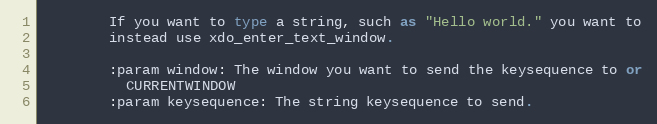
Language: Python
        If you want to type a string, such as "Hello world." you want to
        instead use xdo_enter_text_window.

        :param window: The window you want to send the keysequence to or
          CURRENTWINDOW
        :param keysequence: The string keysequence to send.